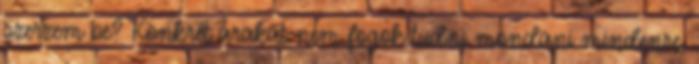
szerzem be? Konkrét árakat nem fogok tudni mondani mindenre,